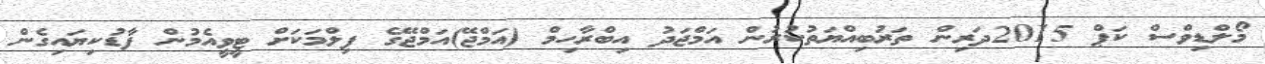
މޯލްޑިވްސް ކަޕް 2015ދަރިން ތަރުބިއްޔަތުކުރުން އަމްޖަދު އިބްރާހިމް (އަމްޖޭ)އަމްޖޭގެ ފިލްމަކަށް ޓީވީއެމުން ފާޑުކިޔައިގެން